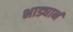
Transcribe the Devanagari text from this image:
भाड्यानं